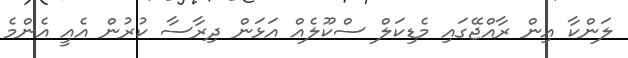
ލަންކާ އިން ރާއްޖޭގައި މެޑިކަލް ސްކޫލެއް އަޅަން ދިރާސާ ކުރުން އެއީ އެންމެ